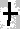
Text: +